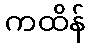
ကထိန်